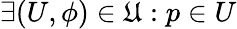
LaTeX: \exists(U,\phi)\in{\mathfrak{U}}:p\in U